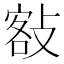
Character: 𢾏